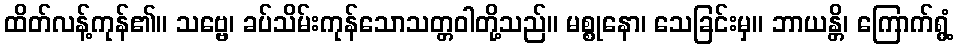
ထိတ်လန့်ကုန်၏။ သဗ္ဗေ၊ ခပ်သိမ်းကုန်သောသတ္တဝါတို့သည်။ မစ္စုနော၊ သေခြင်းမှ။ ဘာယန္တိ၊ ကြောက်ရွံ့